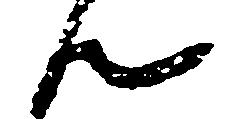
ん